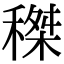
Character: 𥠹